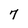
Character: 7